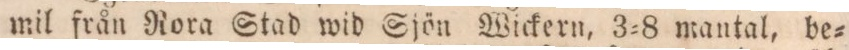
mil från Rora Stad wid Sjön Wickern, 3=8 mantal, be=